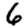
Digit: 6